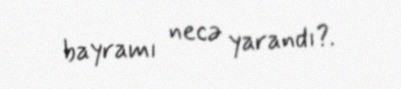
bayramı necə yarandı?.